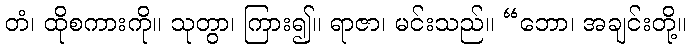
တံ၊ ထိုစကားကို။ သုတွာ၊ ကြား၍။ ရာဇာ၊ မင်းသည်။ “ဘော၊ အချင်းတို့။